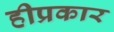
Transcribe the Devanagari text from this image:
हीप्रकार